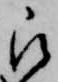
被